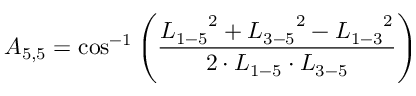
{ A _ { 5 , 5 } } = \cos ^ { - 1 } \left( \frac { { L _ { 1 - 5 } } ^ { 2 } + { L _ { 3 - 5 } } ^ { 2 } - { L _ { 1 - 3 } } ^ { 2 } } { 2 \cdot { L _ { 1 - 5 } } \cdot { L _ { 3 - 5 } } } \right)